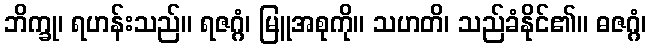
ဘိက္ခု၊ ရဟန်းသည်။ ရဇဂ္ဂံ၊ မြူအစုကို။ သဟတိ၊ သည်ခံနိုင်၏။ ဓဇဂ္ဂံ၊